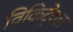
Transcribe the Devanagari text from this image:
विकिट्रेवल